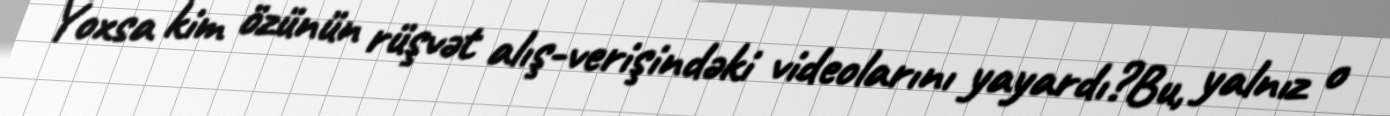
Yoxsa kim özünün rüşvət alış-verişindəki videolarını yayardı?Bu, yalnız o